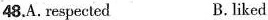
48.A. respected B.liked